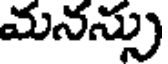
మనన్ను